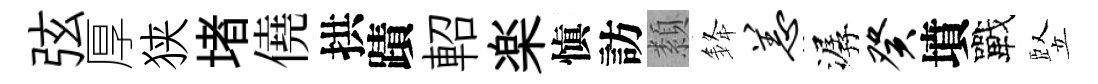
弦厚狭堵僥拱蹟軺楽愼訪纇𨦟恙潺癸墳戰竪